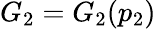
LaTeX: G_{2}=G_{2}(p_{2})